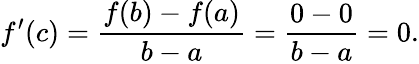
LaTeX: f^{\prime}(c)=\frac{f(b)-f(a)}{b-a}=\frac{0-0}{b-a}=0.